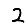
Digit: 2